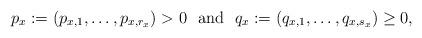
LaTeX: \begin{align*}p_x:=(p_{x,1},\ldots,p_{x,r_x})>0 \ \ \mbox{and} \ \ q_x:=(q_{x,1},\ldots,q_{x,s_x})\geq0,\end{align*}